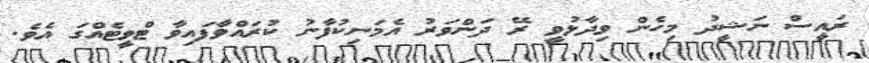
ރައީސް ނަޝީދު މިހެން ވިދާޅުވީ ރޭ ދަންވަރު އެމަނިކުފާނު ކުރައްވާފައިވާ ޓްވީޓެއްގަ އެވެ.